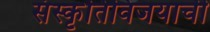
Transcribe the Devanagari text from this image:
संस्कृतिविजयाची